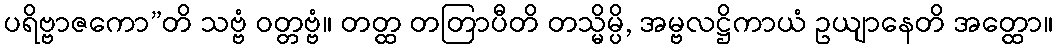
ပရိဗ္ဗာဇကော”တိ သဗ္ဗံ ဝတ္တဗ္ဗံ။ တတ္ထ တတြာပီတိ တသ္မိမ္ပိ, အမ္ဗလဋ္ဌိကာယံ ဥယျာနေတိ အတ္ထော။